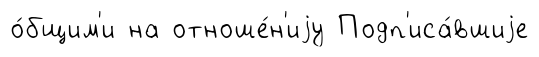
о́бщим'и на отноше́н'иjу Подп'иса́вшиjе